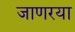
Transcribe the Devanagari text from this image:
जाणरया